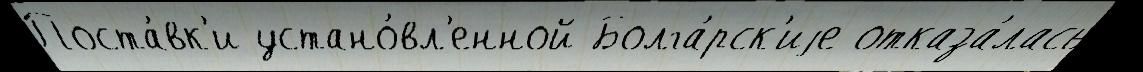
Поста́вк'и устано́вл'енной Болга́рск'иjе отказа́лась